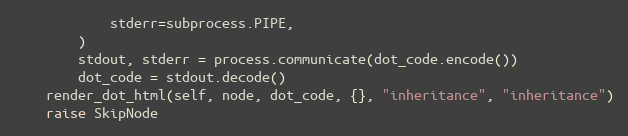
Language: Python
            stderr=subprocess.PIPE,
        )
        stdout, stderr = process.communicate(dot_code.encode())
        dot_code = stdout.decode()
    render_dot_html(self, node, dot_code, {}, "inheritance", "inheritance")
    raise SkipNode